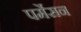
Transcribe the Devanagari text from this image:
पर्मेसन